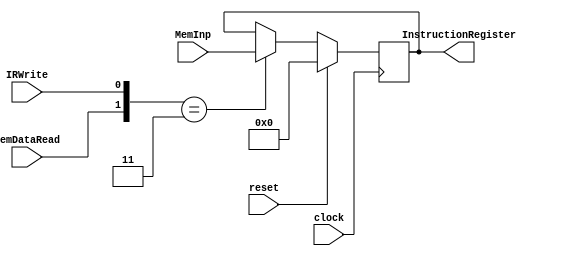
module PCFetch(
	input [31:0] MemInp, 
	output reg [31:0] InstructionRegister,
	input MemDataRead, 
	input IRWrite, 
	input clock,
	input reset);
	
	always@(posedge clock)
	begin
		
		if({MemDataRead, IRWrite} == 2'b11) //IR receives RAM[PC] on cycle 2
			InstructionRegister = MemInp;
		if(reset == 1)
			InstructionRegister = 32'd0;
		
	end
	
endmodule